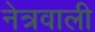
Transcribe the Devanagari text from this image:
नेत्रवाली